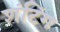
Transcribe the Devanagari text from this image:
शंटिंग